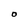
Character: O